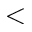
<